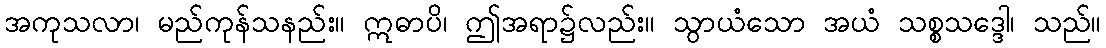
အကုသလာ၊ မည်ကုန်သနည်း။ ဣဓာပိ၊ ဤအရာ၌လည်း။ သွာယံသော အယံ သစ္စသဒ္ဒေါ၊ သည်။